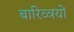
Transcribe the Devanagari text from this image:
बारिव्त्रयों